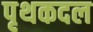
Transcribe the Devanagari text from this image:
पृथकदल